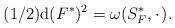
LaTeX: \begin{align*}(1/2){\rm d}(F^*)^2 = \omega(S^*_F,\hskip 1pt\cdot\hskip 1pt). \end{align*}